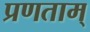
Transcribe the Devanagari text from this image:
प्रणताम्